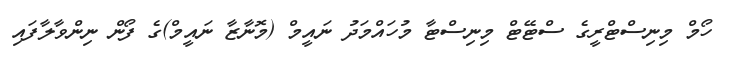
ހޯމް މިނިސްޓްރީގެ ސްޓޭޓް މިނިސްޓާ މުހައްމަދު ނައީމް (މޮނާޒާ ނައީމް)ގެ ފޯން ނިންވާލާފައި